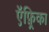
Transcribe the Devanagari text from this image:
ऍफ़्रिका